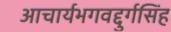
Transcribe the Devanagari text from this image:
आचार्यभगवद्दुर्गसिंह